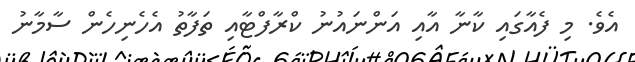
އެވެ. މި ފެއާގައި ކާނާ އާއި އަންނައުނު ކްރާފްޓާއި ތަފާތު އެހެނިހެން ސާމާނު